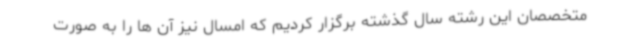
متخصصان این رشته سال گذشته برگزار کردیم که امسال نیز آن ها را به صورت